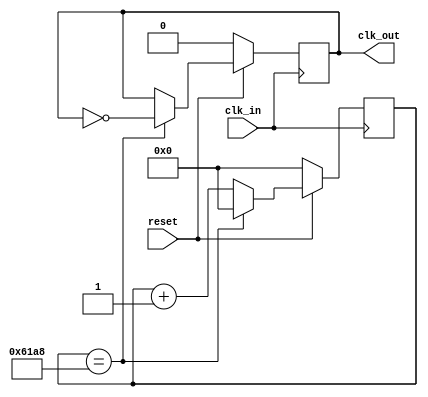
`define UnitTime 32'd 25000
module Unit_fd(clk_in ,reset, clk_out) ; // Time Frequency Divider
    input clk_in,reset ;
    output reg clk_out ;
    reg [31:0] count ;

    always@(posedge clk_in)
    begin
        if(!reset)
            begin
                count<=32'd 0 ;
                clk_out <= 1'b 0;
            end
        else
            begin
                if(count==`UnitTime)
                    begin
                        count <= 0;
                        clk_out <= ~clk_out;
                    end
                else
                    begin
                        count = count+1 ;//Is the notation between count and count+1 '=' or '<='?
                    end
            end
    end
endmodule

`define Time2 32'd 3125000
module fd2(clk_in ,reset, clk_out) ; // Time Frequency Divider
    input clk_in,reset ;
    output reg clk_out ;
    reg [31:0] count ;

    always@(posedge clk_in)
    begin
        if(!reset)
            begin
                count<=32'd 0 ;
                clk_out <= 1'b 0;
            end
        else
            begin
                if(count==`Time2)
                    begin
                        count <= 0;
                        clk_out <= ~clk_out;
                    end
                else
                    begin
                        count = count+1 ;//Is the notation between count and count+1 '=' or '<='?
                    end
            end
    end
endmodule

`define Time 32'd 2500000
module fd(clk_in ,reset, clk_out) ; // Time Frequency Divider
    input clk_in,reset ;
    output reg clk_out ;
    reg [31:0] count ;

    always@(posedge clk_in)
    begin
        if(!reset)
            begin
                count<=32'd 0 ;
                clk_out <= 1'b 0;
            end
        else
            begin
                if(count==`Time)
                    begin
                        count <= 0;
                        clk_out <= ~clk_out;
                    end
                else
                    begin
                        count = count+1 ;//Is the notation between count and count+1 '=' or '<='?
                    end
            end
    end
endmodule

module Obstacle (clk  , reset , gap , spawn_obstacle_7 , spawn_obstacle_6 , spawn_obstacle_5 , spawn_obstacle_4 , spawn_obstacle_3
    ,spawn_obstacle_2 , spawn_obstacle_1 , spawn_obstacle_0 ) ;

    input clk ;
    input reset ;
    input [1:0] gap ;
    output reg [1:0] spawn_obstacle_7 ;
    output reg [1:0] spawn_obstacle_6 ;
    output reg [1:0] spawn_obstacle_5 ;
    output reg [1:0] spawn_obstacle_4 ;
    output reg [1:0] spawn_obstacle_3 ;
    output reg [1:0] spawn_obstacle_2 ;
    output reg [1:0] spawn_obstacle_1 ;
    output reg [1:0] spawn_obstacle_0 ;
    wire[2:0] ran ;
    wire[31:0] random ;
    reg i_Seed_DV;
	reg [31:0] i_Seed_Data;
	wire [31:0] o_LFSR_Data;
	wire o_LFSR_Done;

    LFSR #(.NUM_BITS(32)) dut( clk , reset, i_Seed_DV , i_Seed_Data , o_LFSR_Data , o_LFSR_Done );
    assign ran = o_LFSR_Data [2:0] ;


    always@(posedge clk , negedge reset)
    begin
        if(!reset)
            begin
                spawn_obstacle_0 <= 2'b 00 ;
                spawn_obstacle_1 <= 2'b 00 ;
                spawn_obstacle_2 <= 2'b 00 ;
                spawn_obstacle_3 <= 2'b 00 ;
                spawn_obstacle_4 <= 2'b 00 ;
                spawn_obstacle_5 <= 2'b 00 ;
                spawn_obstacle_6 <= 2'b 00 ;
                spawn_obstacle_7 <= 2'b 00 ;  
            end
        else
            begin
            case(ran)
            3'd 0 :begin
                spawn_obstacle_0 <= 2'b 00 ;
                spawn_obstacle_1 <= 2'b 00 ;
                spawn_obstacle_2 <= 2'b 00 ;
                spawn_obstacle_3 <= 2'b 00 ;
                spawn_obstacle_4 <= 2'b 00 ;
                spawn_obstacle_5 <= 2'b 11 ;
                spawn_obstacle_6 <= 2'b 11 ;
                spawn_obstacle_7 <= 2'b 11 ;
            end
            3'd 1 :begin
                spawn_obstacle_0 <= 2'b 11 ;
                spawn_obstacle_1 <= 2'b 11 ;
                spawn_obstacle_2 <= 2'b 11 ;
                spawn_obstacle_3 <= 2'b 11 ;
                spawn_obstacle_4 <= 2'b 00 ;
                spawn_obstacle_5 <= 2'b 00 ;
                spawn_obstacle_6 <= 2'b 00 ;
                spawn_obstacle_7 <= 2'b 00 ;
            end
            3'd 2 :begin
                spawn_obstacle_0 <= 2'b 11 ;
                spawn_obstacle_1 <= 2'b 11 ;
                spawn_obstacle_2 <= 2'b 00 ;
                spawn_obstacle_3 <= 2'b 00 ;
                spawn_obstacle_4 <= 2'b 00 ;
                spawn_obstacle_5 <= 2'b 00 ;
                spawn_obstacle_6 <= 2'b 11 ;
                spawn_obstacle_7 <= 2'b 11 ;
            end
            3'd 3 :begin
                spawn_obstacle_0 <= 2'b 00 ;
                spawn_obstacle_1 <= 2'b 00 ;
                spawn_obstacle_2 <= 2'b 00 ;
                spawn_obstacle_3 <= 2'b 00 ;
                spawn_obstacle_4 <= 2'b 00 ;
                spawn_obstacle_5 <= 2'b 11 ;
                spawn_obstacle_6 <= 2'b 11 ;
                spawn_obstacle_7 <= 2'b 11 ;
            end
            3'd 4 :begin
                spawn_obstacle_0 <= 2'b 11 ;
                spawn_obstacle_1 <= 2'b 00 ;
                spawn_obstacle_2 <= 2'b 00 ;
                spawn_obstacle_3 <= 2'b 00 ;
                spawn_obstacle_4 <= 2'b 00 ;
                spawn_obstacle_5 <= 2'b 00 ;
                spawn_obstacle_6 <= 2'b 00 ;
                spawn_obstacle_7 <= 2'b 11 ;
            end
            3'd 5 :begin
                spawn_obstacle_0 <= 2'b 00 ;
                spawn_obstacle_1 <= 2'b 00 ;
                spawn_obstacle_2 <= 2'b 00 ;
                spawn_obstacle_3 <= 2'b 00 ;
                spawn_obstacle_4 <= 2'b 00 ;
                spawn_obstacle_5 <= 2'b 00 ;
                spawn_obstacle_6 <= 2'b 00 ;
                spawn_obstacle_7 <= 2'b 00 ;
            end
            3'd 6 :begin
                spawn_obstacle_0 <= 2'b 00 ;
                spawn_obstacle_1 <= 2'b 00 ;
                spawn_obstacle_2 <= 2'b 00 ;
                spawn_obstacle_3 <= 2'b 00 ;
                spawn_obstacle_4 <= 2'b 00 ;
                spawn_obstacle_5 <= 2'b 00 ;
                spawn_obstacle_6 <= 2'b 00 ;
                spawn_obstacle_7 <= 2'b 00 ;
            end
            3'd 7 :begin
                spawn_obstacle_0 <= 2'b 00 ;
                spawn_obstacle_1 <= 2'b 00 ;
                spawn_obstacle_2 <= 2'b 00 ;
                spawn_obstacle_3 <= 2'b 00 ;
                spawn_obstacle_4 <= 2'b 00 ;
                spawn_obstacle_5 <= 2'b 00 ;
                spawn_obstacle_6 <= 2'b 00 ;
                spawn_obstacle_7 <= 2'b 00 ;
            end
        endcase
        end
    end
endmodule

module LFSR #(parameter NUM_BITS = 32)(
   input i_Clk,
   input i_Enable,

   // Optional Seed Value
   input i_Seed_DV,
   input [NUM_BITS-1:0] i_Seed_Data,

   output [NUM_BITS-1:0] o_LFSR_Data,
   output o_LFSR_Done
   );

  reg [NUM_BITS:1] r_LFSR = 0;
  reg              r_XNOR;

  always @(posedge i_Clk)
    begin
      if (i_Enable == 1'b1)
        begin
          if (i_Seed_DV == 1'b1)
            r_LFSR <= i_Seed_Data;
          else
            r_LFSR <= {r_LFSR[NUM_BITS-1:1], r_XNOR};
        end
    end

  always @(*)
    begin
      case (NUM_BITS)
        3: begin
          r_XNOR = r_LFSR[3] ^~ r_LFSR[2];
        end
        4: begin
          r_XNOR = r_LFSR[4] ^~ r_LFSR[3];
        end
        5: begin
          r_XNOR = r_LFSR[5] ^~ r_LFSR[3];
        end
        6: begin
          r_XNOR = r_LFSR[6] ^~ r_LFSR[5];
        end
        7: begin
          r_XNOR = r_LFSR[7] ^~ r_LFSR[6];
        end
        8: begin
          r_XNOR = r_LFSR[8] ^~ r_LFSR[6] ^~ r_LFSR[5] ^~ r_LFSR[4];
        end
        9: begin
          r_XNOR = r_LFSR[9] ^~ r_LFSR[5];
        end
        10: begin
          r_XNOR = r_LFSR[10] ^~ r_LFSR[7];
        end
        11: begin
          r_XNOR = r_LFSR[11] ^~ r_LFSR[9];
        end
        12: begin
          r_XNOR = r_LFSR[12] ^~ r_LFSR[6] ^~ r_LFSR[4] ^~ r_LFSR[1];
        end
        13: begin
          r_XNOR = r_LFSR[13] ^~ r_LFSR[4] ^~ r_LFSR[3] ^~ r_LFSR[1];
        end
        14: begin
          r_XNOR = r_LFSR[14] ^~ r_LFSR[5] ^~ r_LFSR[3] ^~ r_LFSR[1];
        end
        15: begin
          r_XNOR = r_LFSR[15] ^~ r_LFSR[14];
        end
        16: begin
          r_XNOR = r_LFSR[16] ^~ r_LFSR[15] ^~ r_LFSR[13] ^~ r_LFSR[4];
          end
        17: begin
          r_XNOR = r_LFSR[17] ^~ r_LFSR[14];
        end
        18: begin
          r_XNOR = r_LFSR[18] ^~ r_LFSR[11];
        end
        19: begin
          r_XNOR = r_LFSR[19] ^~ r_LFSR[6] ^~ r_LFSR[2] ^~ r_LFSR[1];
        end
        20: begin
          r_XNOR = r_LFSR[20] ^~ r_LFSR[17];
        end
        21: begin
          r_XNOR = r_LFSR[21] ^~ r_LFSR[19];
        end
        22: begin
          r_XNOR = r_LFSR[22] ^~ r_LFSR[21];
        end
        23: begin
          r_XNOR = r_LFSR[23] ^~ r_LFSR[18];
        end
        24: begin
          r_XNOR = r_LFSR[24] ^~ r_LFSR[23] ^~ r_LFSR[22] ^~ r_LFSR[17];
        end
        25: begin
          r_XNOR = r_LFSR[25] ^~ r_LFSR[22];
        end
        26: begin
          r_XNOR = r_LFSR[26] ^~ r_LFSR[6] ^~ r_LFSR[2] ^~ r_LFSR[1];
        end
        27: begin
          r_XNOR = r_LFSR[27] ^~ r_LFSR[5] ^~ r_LFSR[2] ^~ r_LFSR[1];
        end
        28: begin
          r_XNOR = r_LFSR[28] ^~ r_LFSR[25];
        end
        29: begin
          r_XNOR = r_LFSR[29] ^~ r_LFSR[27];
        end
        30: begin
          r_XNOR = r_LFSR[30] ^~ r_LFSR[6] ^~ r_LFSR[4] ^~ r_LFSR[1];
        end
        31: begin
          r_XNOR = r_LFSR[31] ^~ r_LFSR[28];
        end
        32: begin
          r_XNOR = r_LFSR[32] ^~ r_LFSR[22] ^~ r_LFSR[2] ^~ r_LFSR[1];
        end

      endcase // case (NUM_BITS)
    end // always @ (*)

  assign o_LFSR_Data = r_LFSR[NUM_BITS:1];
  assign o_LFSR_Done = (r_LFSR[NUM_BITS:1] == i_Seed_Data) ? 1'b1 : 1'b0;

endmodule // LFSR

module LD_state( up , down , map_ld_0 , map_ld_1 , map_ld_2  , map_ld_3  , map_ld_4  , map_ld_5  , map_ld_6  , map_ld_7 , eight_one_clk ) ; // output a state
    input up , down , eight_one_clk ;		//:1/8
    output reg [3:0] map_ld_0  ,  map_ld_1  ,  map_ld_2  ,  map_ld_3  ,  map_ld_4  ,  map_ld_5  , map_ld_6  ,  map_ld_7   ;
	 reg jump_or_not = 0 ;					// , 
	 reg [3:0] count = 4'd0 ;			//count : 
	 wire alw_true = 1 ;
	 
	
	 always @ (posedge eight_one_clk)					//
	 //-----------------------------------------------------
begin
if(up || down || alw_true == 1)
	 begin
		if(jump_or_not == 0)					//
		begin
			if(up)								//up => !
			
			begin
				jump_or_not <= 1 ;
				count <= count + 4'd1 ;
				if(down)						// && 
					begin
						map_ld_0 <= 4'b0000 ;
						map_ld_1 <= 4'b0000 ;
						map_ld_2 <= 4'b0000 ;
						map_ld_3 <= 4'b0000 ;
						map_ld_4 <= 4'b0000 ;
						map_ld_5 <= 4'b1111 ;
						map_ld_6 <= 4'b0101 ;
						map_ld_7 <= 4'b0000 ;
					end
				else							// && 
					begin
						map_ld_0 <= 4'b0000 ;
						map_ld_1 <= 4'b0000 ;
						map_ld_2 <= 4'b0000 ;
						map_ld_3 <= 4'b0111 ;
						map_ld_4 <= 4'b0100 ;
						map_ld_5 <= 4'b0110 ;
						map_ld_6 <= 4'b1100 ;
						map_ld_7 <= 4'b0000 ;
					end
			end
			
			else 									//up => !
			
			begin
				if(down)							// && 
					begin
						map_ld_0 <= 4'b0000 ;
						map_ld_1 <= 4'b0000 ;
						map_ld_2 <= 4'b0000 ;
						map_ld_3 <= 4'b0000 ;
						map_ld_4 <= 4'b0000 ;
						map_ld_5 <= 4'b0000 ;
						map_ld_6 <= 4'b1111 ;
						map_ld_7 <= 4'b0101 ;
					end
				else
					begin
						map_ld_0 <= 4'b0000 ;
						map_ld_1 <= 4'b0000 ;
						map_ld_2 <= 4'b0000 ;
						map_ld_3 <= 4'b0000 ;
						map_ld_4 <= 4'b0111 ;
						map_ld_5 <= 4'b0100 ;
						map_ld_6 <= 4'b0110 ;
						map_ld_7 <= 4'b1100 ;
					end
			end
			
		end
		else 									//
		begin
			count <= count + 4'd1 ;				//
			
			if(count == 4'd9)
				begin
					count <= 0 ;
					jump_or_not <= 0 ;
				end
			else
				begin
				end
			
		
			if(down)							// && 
			
			begin
				case (count)
				4'd1 , 4'd8 :
					begin
						map_ld_0 <= 4'b0000 ;
						map_ld_1 <= 4'b0000 ;
						map_ld_2 <= 4'b0000 ;
						map_ld_3 <= 4'b0000 ;
						map_ld_4 <= 4'b0000 ;
						map_ld_5 <= 4'b1111 ;
						map_ld_6 <= 4'b0101 ;
						map_ld_7 <= 4'b0000 ;
					end
				4'd2 , 4'd7 :
					begin
						map_ld_0 <= 4'b0000 ;
						map_ld_1 <= 4'b0000 ;
						map_ld_2 <= 4'b0000 ;
						map_ld_3 <= 4'b0000 ;
						map_ld_4 <= 4'b1111 ;
						map_ld_5 <= 4'b0101 ;
						map_ld_6 <= 4'b0000 ;
						map_ld_7 <= 4'b0000 ;
					end
				4'd3 , 4'd6 :
					begin
						map_ld_0 <= 4'b0000 ;
						map_ld_1 <= 4'b0000 ;
						map_ld_2 <= 4'b0000 ;
						map_ld_3 <= 4'b1111 ;
						map_ld_4 <= 4'b0101 ;
						map_ld_5 <= 4'b0000 ;							
						map_ld_6 <= 4'b0000 ;
						map_ld_7 <= 4'b0000 ;
					end
				4'd4 , 4'd5 :
					begin
						map_ld_0 <= 4'b0000 ;
						map_ld_1 <= 4'b0000 ;
						map_ld_2 <= 4'b1111 ;
						map_ld_3 <= 4'b0101 ;
						map_ld_4 <= 4'b0000 ;
						map_ld_5 <= 4'b0000 ;
						map_ld_6 <= 4'b0000 ;
						map_ld_7 <= 4'b0000 ;
					end
				endcase
			end
			
			else								// && 
			
				begin
				case (count)
					4'd1 , 4'd8 :
						begin
							map_ld_0 <= 4'b0000 ;
							map_ld_1 <= 4'b0000 ;
							map_ld_2 <= 4'b0000 ;
							map_ld_3 <= 4'b0111 ;
							map_ld_4 <= 4'b0100 ;
							map_ld_5 <= 4'b0110 ;
							map_ld_6 <= 4'b1100 ;
							map_ld_7 <= 4'b0000 ;
						end
					4'd2 , 4'd7 :
						begin
							map_ld_0 <= 4'b0000 ;
							map_ld_1 <= 4'b0000 ;
							map_ld_2 <= 4'b0111 ;
							map_ld_3 <= 4'b0100 ;
							map_ld_4 <= 4'b0110 ;
							map_ld_5 <= 4'b1100 ;
							map_ld_6 <= 4'b0000 ;
							map_ld_7 <= 4'b0000 ;
						end
					4'd3 , 4'd6 :
						begin
							map_ld_0 <= 4'b0000 ;
							map_ld_1 <= 4'b0111 ;
							map_ld_2 <= 4'b0100 ;
							map_ld_3 <= 4'b0110 ;
							map_ld_4 <= 4'b1100 ;
							map_ld_5 <= 4'b0000 ;
							map_ld_6 <= 4'b0000 ;
							map_ld_7 <= 4'b0000 ;
						end
					4'd4 , 4'd5 :
						begin
							map_ld_0 <= 4'b0111 ;
							map_ld_1 <= 4'b0100 ;
							map_ld_2 <= 4'b0110 ;
							map_ld_3 <= 4'b1100 ;
							map_ld_4 <= 4'b0000 ;
							map_ld_5 <= 4'b0000 ;
							map_ld_6 <= 4'b0000 ;
							map_ld_7 <= 4'b0000 ;
						end
				endcase
				end
			
		end			//129
	end				//67
	
else 
	begin
		
	end
	
end					//alwaysend
endmodule

`define padTime 10 
module obstacle(clock , keypadCol , keypadRow , reset , dot_row , dot_col1 , dot_col2 ) ;
    
    /*device*/
    input clock , reset ;
    output reg [7:0] dot_row , dot_col1 , dot_col2 ; // show the picture in the dot matrix
    wire unit_clk ; // unit_clk represents the time to refresh the dot matrix   
    wire clk ;
    wire eight_one_clk ;

    input [3:0] keypadCol ;
	output reg [3:0] keypadRow ;

    reg [3:0] keypadBuf ;
	reg [3:0] keypadDelay ;
    reg stop , start , restart , up , down ;
    
    /*map*/
    wire[7:0] col1[7:0] ,  col2[7:0]  ; // Combine the mv_map and map_ld together , and send it to dot_col 
    reg[7:0] mv_map[7:0][1:0] ; // the map only need to record the column  
    wire [3:0] map_ld[7:0] ; // the map of the little dinosaur
    reg [15:0] record_obstacle[7:0] ; // position of obstacle 
    wire [7:0] temp[7:0] ;
   
    /*obstacle*/ 
    wire[1:0] spawn_obstacle[7:0] ; // generate obstacles
    reg[1:0] obstacle[7:0] ; // spawn_obstacle give the generated one to obstacle
    reg[1:0] gap ; // used to control the obstacle not too close to other obstacles

    /*other*/
    wire hit ; // check if the little dinosaur was hit or not 
    wire score ;
    reg [2:0] row_count ;

    Unit_fd f2 (.clk_in(clock) , .reset(reset) , .clk_out(unit_clk)) ; // frequency divider 

    fd f3 (.clk_in(clock) , .reset(reset) , .clk_out(clk)) ; // frequency divider 

    fd2 f4 (.clk_in(clock) , .reset(reset) , .clk_out(eight_one_clk)) ; // frequency divider 

    LD_state m1 ( up , down , map_ld[0], map_ld[1], map_ld[2],  map_ld[3],  map_ld[4],  map_ld[5],  map_ld[6],  map_ld[7] , eight_one_clk) ;

    // create a new obstacle
    Obstacle m2 (clk , reset , gap , spawn_obstacle[7] , spawn_obstacle[6] , spawn_obstacle[5] , spawn_obstacle[4] , spawn_obstacle[3]
    ,spawn_obstacle[2] , spawn_obstacle[1] , spawn_obstacle[0] ) ;

    /* Merge the map */
    assign temp[0] = mv_map[0][0] ;
    assign col1[0] = {(temp[0][7:4] | map_ld[0]) , temp[0][3:0]}  ; 
    assign col2[0] = mv_map[0][1] ;

    assign temp[1] = mv_map[1][0] ;
    assign col1[1] = {(temp[1][7:4] | map_ld[1]) , temp[1][3:0]}  ; 
    assign col2[1] = mv_map[1][1] ;

    assign temp[2] = mv_map[2][0] ;
    assign col1[2] = {(temp[2][7:4] | map_ld[2]) , temp[2][3:0]}  ; 
    assign col2[2] = mv_map[2][1] ;

    assign temp[3] = mv_map[3][0] ;
    assign col1[3] = {(temp[3][7:4] | map_ld[3]) , temp[3][3:0]}  ; 
    assign col2[3] = mv_map[3][1] ;

    assign temp[4] = mv_map[4][0] ;
    assign col1[4] = {(temp[4][7:4] | map_ld[4]) , temp[4][3:0]}  ; 
    assign col2[4] = mv_map[4][1] ;

    assign temp[5] = mv_map[5][0] ;
    assign col1[5] = {(temp[5][7:4] | map_ld[5]) , temp[5][3:0]}  ; 
    assign col2[5] = mv_map[5][1] ;

    assign temp[6] = mv_map[6][0] ;
    assign col1[6] = {(temp[6][7:4] | map_ld[6]) , temp[6][3:0]}  ; 
    assign col2[6] = mv_map[6][1] ;

    assign temp[7] = mv_map[7][0] ;
    assign col1[7] = {(temp[7][7:4] | map_ld[7]) , temp[7][3:0]}  ; 
    assign col2[7] = mv_map[7][1] ;
    /* Merge the map */

    /* Refresh the map */
    always@(posedge unit_clk , negedge reset )
    begin
        if(!reset)
            begin

            end
        else
                begin
                    row_count <= row_count+1 ;
                    case(row_count)
                    3'd 0 :
                        dot_row <= 8'b 01111111 ;
                    3'd 1 :
                        dot_row <= 8'b 10111111 ;
                    3'd 2 :
                        dot_row <= 8'b 11011111 ;
                    3'd 3 :
                        dot_row <= 8'b 11101111 ;
                    3'd 4 :
                        dot_row <= 8'b 11110111 ;
                    3'd 5 :
                        dot_row <= 8'b 11111011 ;
                    3'd 6 :
                        dot_row <= 8'b 11111101 ;
                    3'd 7 :
                        dot_row <= 8'b 11111110 ;
                endcase

                case(row_count)
                    3'd 0 :
                    begin
                        dot_col1 <= col1[0] ;
                        dot_col2 <= col2[0] ;
                    end
                    3'd 1 :
                    begin
                        dot_col1 <= col1[1] ;
                        dot_col2 <= col2[1] ;
                    end
                    3'd 2 :
                    begin
                        dot_col1 <= col1[2] ;
                        dot_col2 <= col2[2] ;
                    end
                    3'd 3 :
                    begin
                        dot_col1 <= col1[3] ;
                        dot_col2 <= col2[3] ;
                    end
                    3'd 4 :
                    begin
                        dot_col1 <= col1[4] ;
                        dot_col2 <= col2[4] ;
                    end
                    3'd 5 :
                    begin
                        dot_col1 <= col1[5] ;
                        dot_col2 <= col2[5] ;
                    end
                    3'd 6 :
                    begin
                        dot_col1 <= col1[6] ;
                        dot_col2 <= col2[6] ;
                    end
                    3'd 7 :
                    begin
                        dot_col1 <= col1[7] ;
                        dot_col2 <= col2[7] ;
                    end
                    endcase
                end
        end
    /* Refresh the map */
   
   /* Moving the map */ 
    always@(posedge clk )
    begin
        if(gap == 2'd 3) // prodice the obstacle
            begin
                gap <= 2'd 0 ;
 
                obstacle[0] <= spawn_obstacle[0] ;
                record_obstacle[0][1:0] <= spawn_obstacle[0] ; // the obstacle map 

                obstacle[1] <= spawn_obstacle[1] ;
                record_obstacle[1][1:0] <= spawn_obstacle[1] ; // the obstacle map 

                obstacle[2] <= spawn_obstacle[2] ;
                record_obstacle[2][1:0] <= spawn_obstacle[2] ; // the obstacle map 

                obstacle[3] <= spawn_obstacle[3] ;
                record_obstacle[3][1:0] <= spawn_obstacle[3] ; // the obstacle map 

                obstacle[4] <= spawn_obstacle[4] ;
                record_obstacle[4][1:0] <= spawn_obstacle[4] ; // the obstacle map 

                obstacle[5] <= spawn_obstacle[5] ;
                record_obstacle[5][1:0] <= spawn_obstacle[5] ; // the obstacle map 

                obstacle[6] <= spawn_obstacle[6] ;
                record_obstacle[6][1:0] <= spawn_obstacle[6] ; // the obstacle map 
                
                obstacle[7] <= spawn_obstacle[7] ;
                record_obstacle[7][1:0] <= spawn_obstacle[7] ; // the obstacle map 

            end
        else
            begin
            
                record_obstacle[0] <= record_obstacle[0] << 1 ; // the obstacle map 
                record_obstacle[1] <= record_obstacle[1] << 1 ; // the obstacle map 
                record_obstacle[2] <= record_obstacle[2] << 1 ; // the obstacle map 
                record_obstacle[3] <= record_obstacle[3] << 1 ; // the obstacle map 
                record_obstacle[4] <= record_obstacle[4] << 1 ; // the obstacle map 
                record_obstacle[5] <= record_obstacle[5] << 1 ; // the obstacle map 
                record_obstacle[6] <= record_obstacle[6] << 1 ; // the obstacle map 
                record_obstacle[7] <= record_obstacle[7] << 1 ; // the obstacle map 

                gap <= gap+1 ;

                {mv_map[0][0],mv_map[0][1],obstacle[0]} <= {mv_map[0][0],mv_map[0][1],obstacle[0]} << 1 ;
                {mv_map[1][0],mv_map[1][1],obstacle[1]} <= {mv_map[1][0],mv_map[1][1],obstacle[1]} << 1 ;
                {mv_map[2][0],mv_map[2][1],obstacle[2]} <= {mv_map[2][0],mv_map[2][1],obstacle[2]} << 1 ;
                {mv_map[3][0],mv_map[3][1],obstacle[3]} <= {mv_map[3][0],mv_map[3][1],obstacle[3]} << 1 ;
                {mv_map[4][0],mv_map[4][1],obstacle[4]} <= {mv_map[4][0],mv_map[4][1],obstacle[4]} << 1 ;
                {mv_map[5][0],mv_map[5][1],obstacle[5]} <= {mv_map[5][0],mv_map[5][1],obstacle[5]} << 1 ;
                {mv_map[6][0],mv_map[6][1],obstacle[6]} <= {mv_map[6][0],mv_map[6][1],obstacle[6]} << 1 ;
                {mv_map[7][0],mv_map[7][1],obstacle[7]} <= {mv_map[7][0],mv_map[7][1],obstacle[7]} << 1 ;
            end

    end
    /* Moving the map */

     /* Detect the keypad  */
    always@(posedge unit_clk)
	begin
		if(!reset)
		begin
			keypadRow <= 4'b 1110 ;
			keypadBuf <= 4'b 0000 ;
			keypadDelay <= 4'd 0 ;
		end
		else
		begin
			if(keypadDelay == `padTime)
			begin
				keypadDelay <= 31'd 0 ;
				case({keypadRow, keypadCol})
					8'b1110_1011 : keypadBuf <= 4'h1; // down
					8'b1101_1011 : keypadBuf <= 4'h2; // up
					8'b0111_1101 : keypadBuf <= 4'hd; // start
					8'b0111_1011 : keypadBuf <= 4'he; // stop
					8'b0111_0111 : keypadBuf <= 4'hf; // restart
					default : keypadBuf <= keypadBuf;
				endcase

				case(keypadRow)
					4'b1110 : keypadRow <= 4'b1101;
					4'b1101 : keypadRow <= 4'b1011;
					4'b1011 : keypadRow <= 4'b0111;
					4'b0111 : keypadRow <= 4'b1110;
					default : keypadRow <= 4'b1110;
				endcase
			end
		else
			keypadDelay <= keypadDelay + 1'd 1 ;
		end
	end

    always@(keypadBuf)
    begin
        case(keypadBuf)
            4'h 1 :begin
                down = 1 ;
                up = 0 ;
                start = 0 ;
                stop = 0 ;
                restart = 0 ;
            end

            4'h 2 :begin
                down = 0 ;
                up = 1 ;
                start = 0 ;
                stop = 0 ;
                restart = 0 ;
            end

            4'h d :begin
                down = 0 ;
                up = 0 ;
                start = 1 ;
                stop = 0 ;
                restart = 0 ;
            end

            4'h e :begin
                down = 0 ;
                up = 0 ;
                start = 0 ;
                stop = 1 ;
                restart = 0 ;
            end

            4'h f :begin
                down = 0 ;
                up = 0 ;
                start = 0 ;
                stop = 0 ;
                restart = 1 ;
            end

            default :begin
                down = down ;
                up = up ;
                start = start ;
                restart = restart ;
            end

        endcase
    end
    /* Detect the keypad*/

endmodule